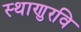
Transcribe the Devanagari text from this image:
स्थाणुरवि